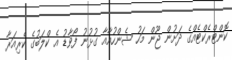
ކޮންޓްރެކްޓެއްގެ ދަށުން ޖޫން މަހު ޝެންހުއާއާ ގުޅުނު ފޯވާޑު އެ ކްލަބުގެ ކެރިއަރާ